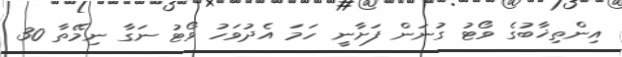
އިންތިޚާބުގެ ވޯޓު ގުނަން ފަށާނީ ހަމަ އެދުވަހު ވޯޓު ނަގާ ނިމޭތާ 30